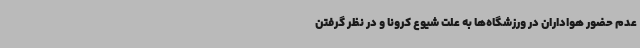
عدم حضور هواداران در ورزشگاه‌ها به علت شیوع کرونا و در نظر گرفتن